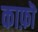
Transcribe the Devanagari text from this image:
काफ़ॊ